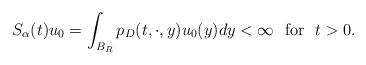
LaTeX: \begin{align*}S_{\alpha}(t)u_{0}=\int_{B_{R}}p_{D}(t,\cdot,y)u_{0}(y)dy<\infty \ \ \mbox{for} \ \ t>0.\end{align*}